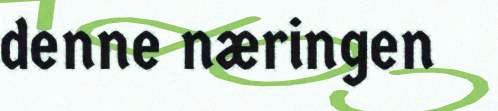
denne næringen